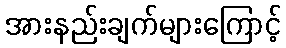
အားနည်းချက်များကြောင့်